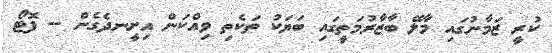
ކުރީ ޒަމާނުގައި މާލޭ ބާޒާރުމަތީގައި ބަޔަކު ތަކެތި ވިއްކަން އިށީނދެގެން -- ފޮޓޯ